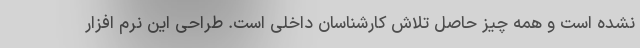
نشده است و همه چیز حاصل تلاش کارشناسان داخلی است. طراحی این نرم افزار